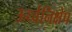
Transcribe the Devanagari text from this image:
ऊर्ध्वनिक्षेप